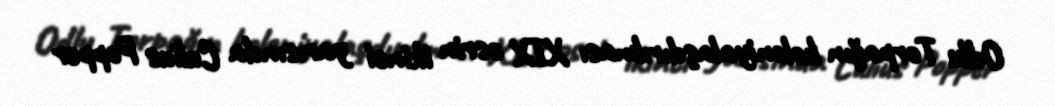
Odlu Torpağın koloniyalaşdırılması XIX əsrin ikinci yarısında Culius Popper